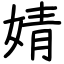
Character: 婧